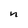
Character: n